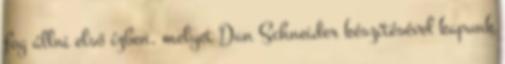
fog állni első ízben, melyet Dan Schneider készítésével kapunk